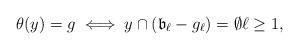
LaTeX: \begin{align*}\theta(y)=g \iff y \cap (\mathfrak{b}_\ell-g_\ell)=\emptyset \ell\geq 1,\end{align*}